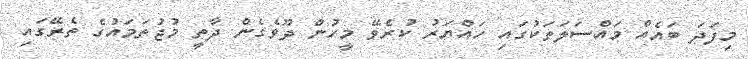
މިފަދަ ބައެއް މައްސަލަތަކުގައި ހައްޔަރު ކުރެވޭ މީހުން ދޫވެގެން ދާތީ މުޖުތަމައުގެ ތެރޭގައި